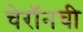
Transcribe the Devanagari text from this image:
चेरॉनची